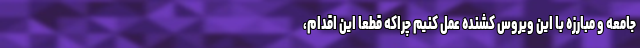
جامعه و مبارزه با این ویروس کشنده عمل کنیم چراکه قطعا این اقدام،